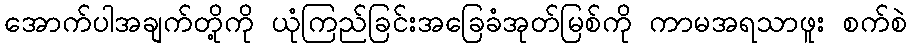
အောက်ပါအချက်တို့ကို ယုံကြည်ခြင်းအခြေခံအုတ်မြစ်ကို ကာမအရသာဖူး စက်စဲ